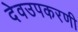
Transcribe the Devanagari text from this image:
देवउपकरणी